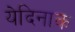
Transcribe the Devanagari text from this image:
येदिनाक